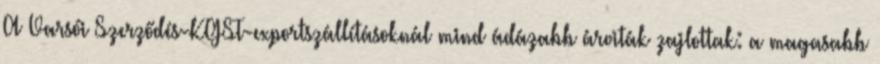
A Varsói Szerződés-KGST-exportszállításoknál mind ádázabb árviták zajlottak: a magasabb